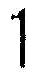
1